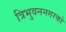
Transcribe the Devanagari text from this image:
त्रिभुवननगरको